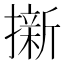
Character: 𭢭